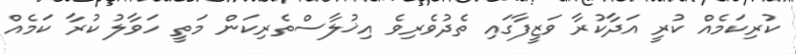
ކުރިކަމެއް ކުރީ އަދާކުރާ ވަޒީފާގައި ތެދުވެރިވެ އިޚުލާސްތެރިކަން މަތީ ހަވާލު ކުރާ ކަމެއް